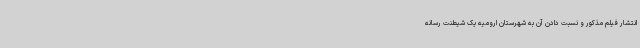
انتشار فیلم مذکور و نسبت دادن آن به شهرستان ارومیه یک شیطنت رسانه